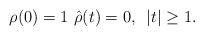
\begin{align*}\rho(0)=1 \, \, \Hat \rho(t)=0, \, \, \, |t|\ge 1.\end{align*}